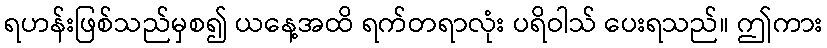
ရဟန်းဖြစ်သည်မှစ၍ ယနေ့အထိ ရက်တရာလုံး ပရိဝါသ် ပေးရသည်။ ဤကား